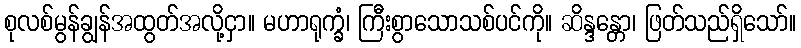
စုလစ်မွန်ချွန်အထွတ်အလို့ငှာ။ မဟာရုက္ခံ၊ ကြီးစွာသောသစ်ပင်ကို။ ဆိန္ဒန္တော၊ ဖြတ်သည်ရှိသော်။